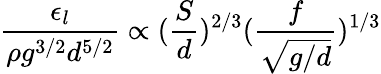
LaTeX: \frac{\epsilon_{l}}{\rho g^{3/2}d^{5/2}}\propto(\frac{S}{d})^{2/3}(\frac{f}{\sqrt{g/d}})^{1/3}